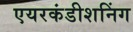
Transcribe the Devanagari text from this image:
एयरकंडीशनिंग